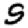
Digit: 9